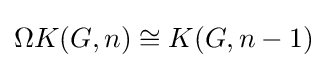
\Omega K(G,n)\cong K(G,n-1)